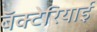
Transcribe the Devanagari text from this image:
बॅक्टेरियाई